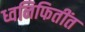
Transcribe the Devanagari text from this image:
ध्वनिफितींत